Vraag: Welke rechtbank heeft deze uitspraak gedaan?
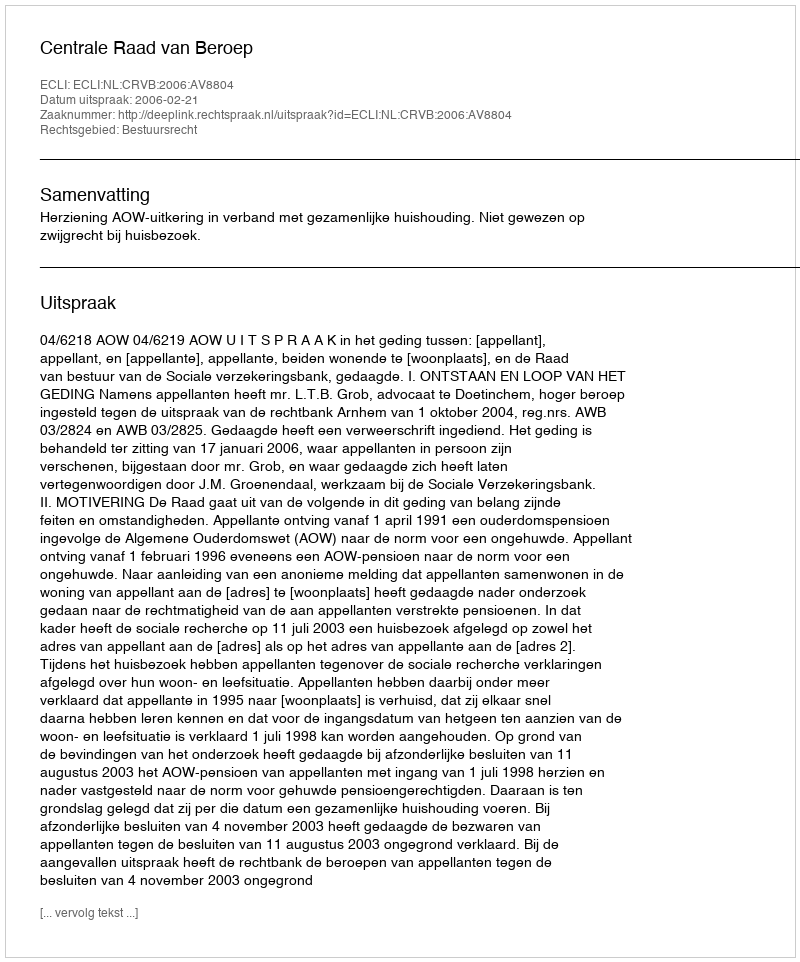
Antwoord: Centrale Raad van Beroep